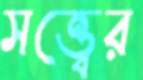
সত্ত্বের